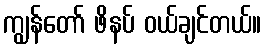
ကျွန်တော် ဖိနပ် ဝယ်ချင်တယ်။